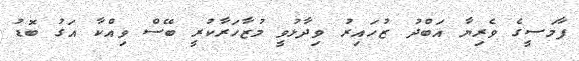
ފާމަސީގެ ވެރިޔާ އަބްދު ޒުހައިރު ވިދާޅުވީ މުޒާހަރާކުރީ ބޭސް ވިއްކާ އަގު ބޮޑު